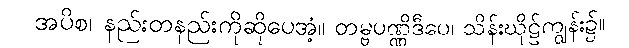
အပိစ၊ နည်းတနည်းကိုဆိုပေအံ့။ တမ္ဗပဏ္ဏိဒီပေ၊ သိန်းဃိုဠ်ကျွန်း၌။